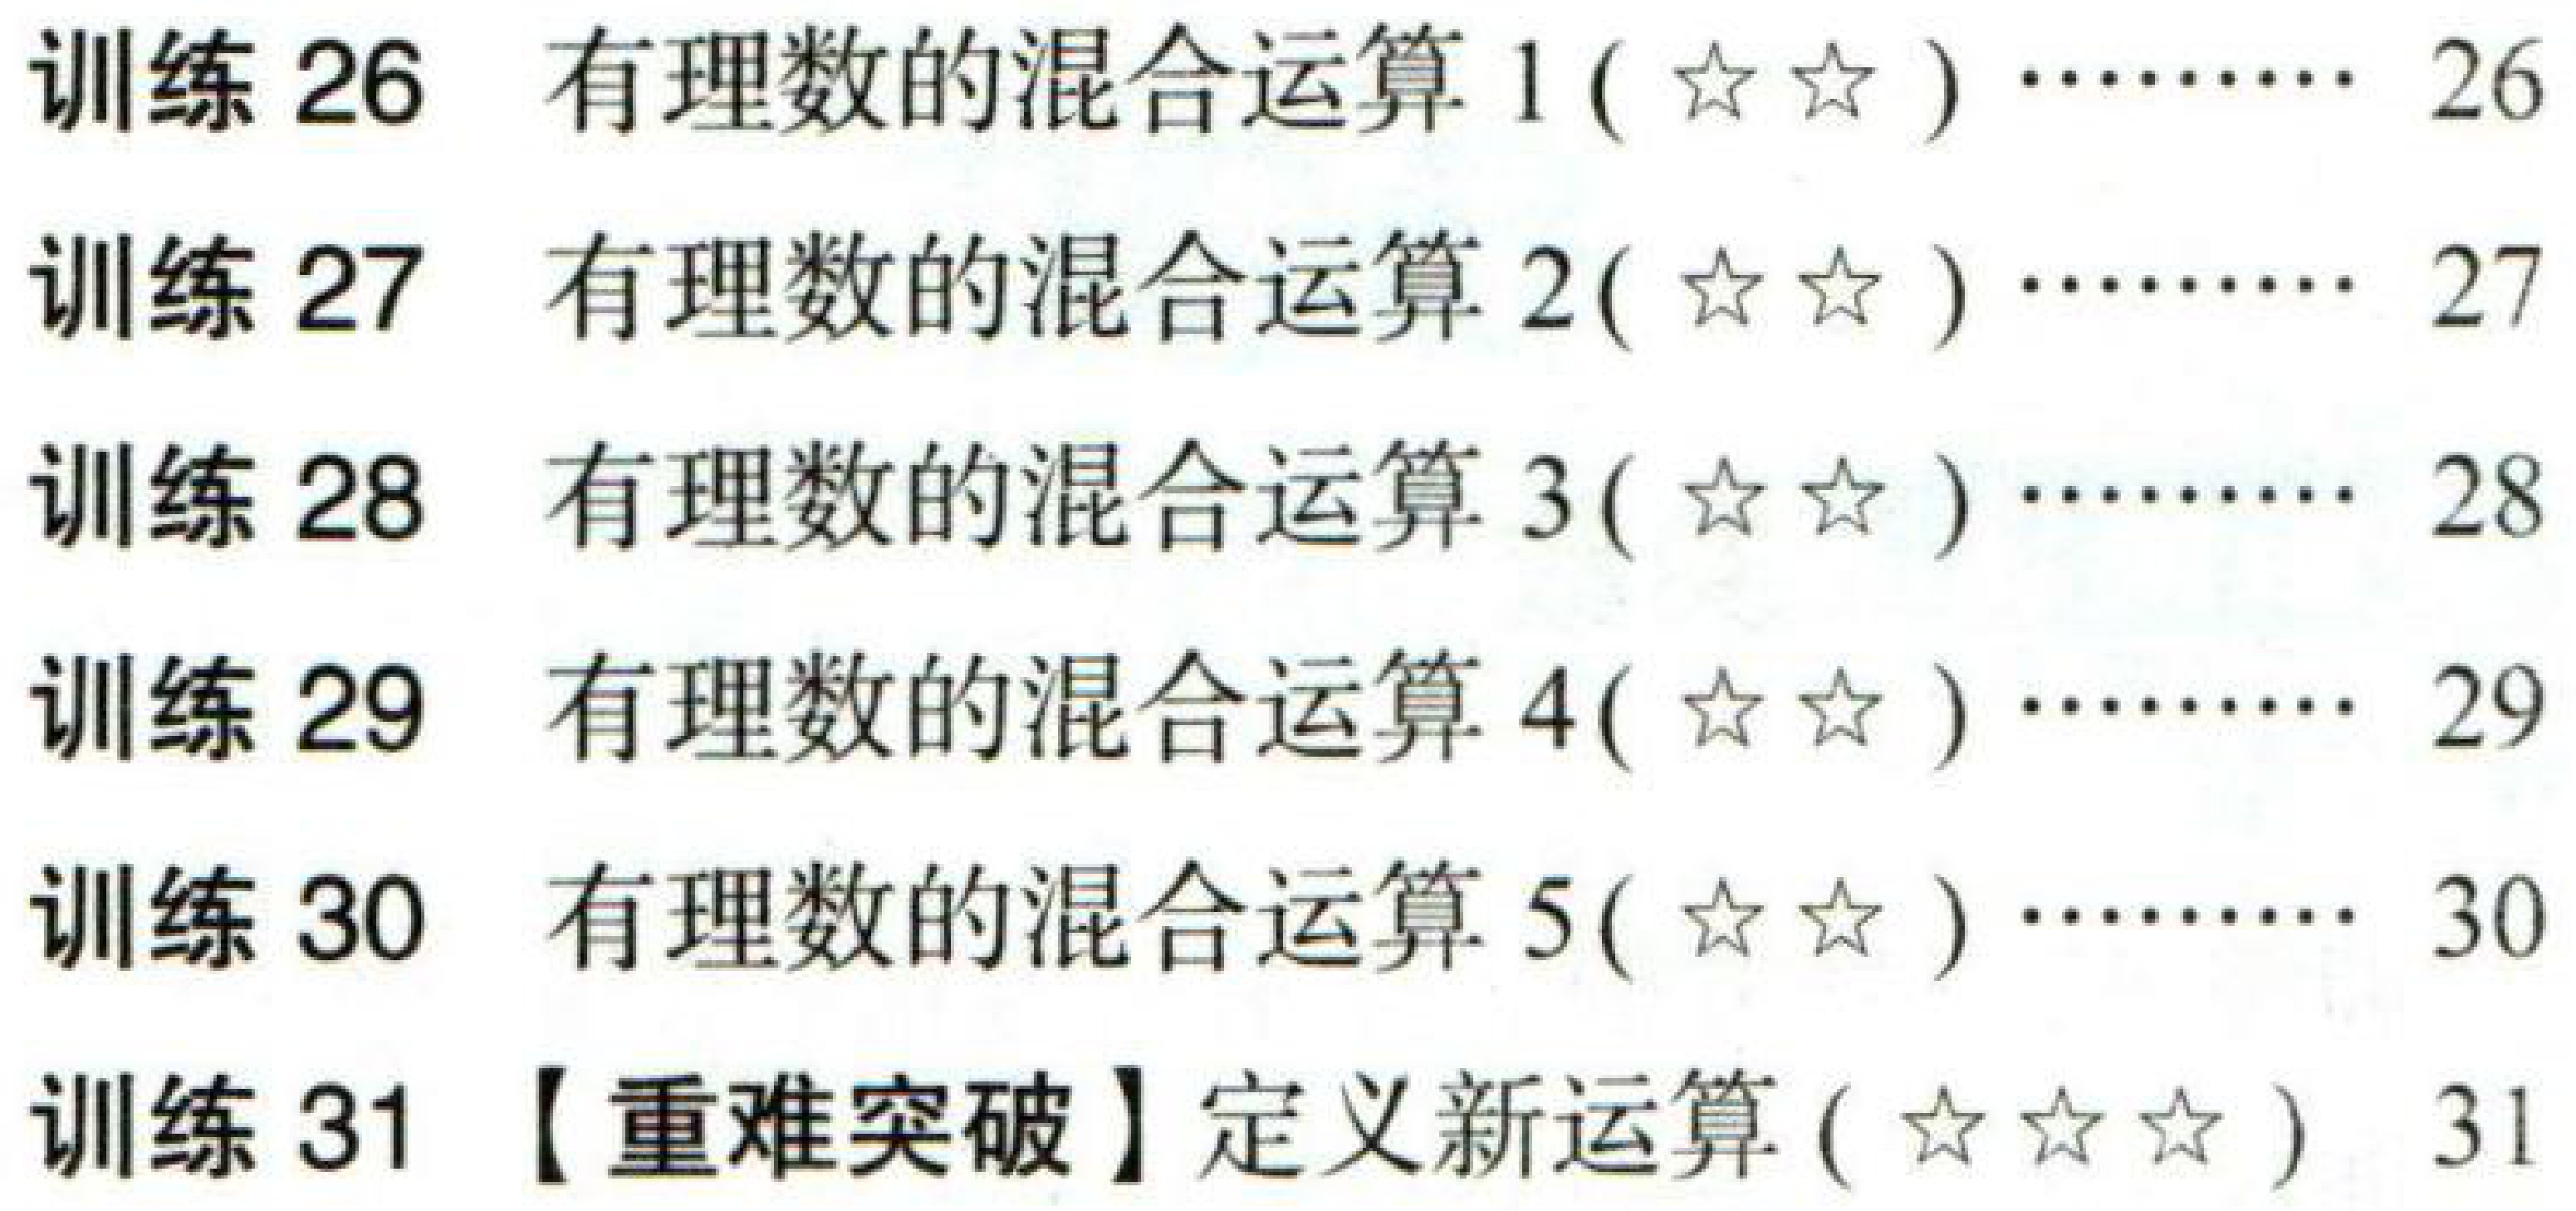
训练 \(26\) 有理数的混合运算 \(1(☆☆)\cdots\cdots 26\)
训练 \(27\) 有理数的混合运算 \(2(☆☆)\cdots\cdots 27\)
训练 \(28\) 有理数的混合运算 \(3(☆☆)\cdots\cdots 28\)
训练 \(29\) 有理数的混合运算 \(4(☆☆)\cdots\cdots 29\)
训练 \(30\) 有理数的混合运算 \(5(☆☆)\cdots\cdots 30\)
训练 \(31\)【重难突破】定义新运算 \((☆☆☆)\ 31\)